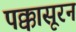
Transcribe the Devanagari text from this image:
पक्कासूरन